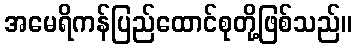
အမေရိကန်ပြည်ထောင်စုတို့ဖြစ်သည်။